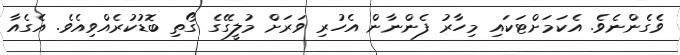
ވެގެންނެވެ. އެކަމަށްޓަކައި މިހާރު ފެންނާން އެހުރި ވަރަށް މުލީގޭގެ ގޯތި ބޮޑުކުރެއްވިއެވެ. އެގެއާ